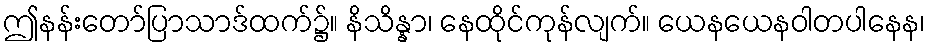
ဤနန်းတော်ပြာသာဒ်ထက်၌။ နိသိန္နာ၊ နေထိုင်ကုန်လျက်။ ယေနယေနဝါတပါနေန၊